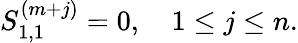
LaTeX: S_{1,1}^{(m+j)}=0,\quad 1\le j\le n.